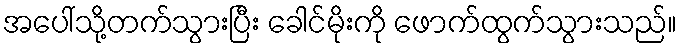
အပေါ်သို့တက်သွားပြီး ခေါင်မိုးကို ဖောက်ထွက်သွားသည်။